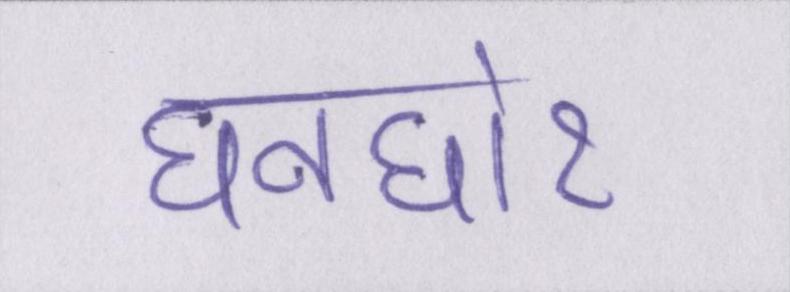
घनघोर